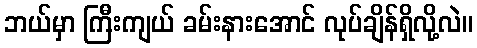
ဘယ်မှာ ကြီးကျယ် ခမ်းနားအောင် လုပ်ချိန်ရှိလို့လဲ။